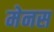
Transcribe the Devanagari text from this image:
मेनस